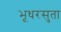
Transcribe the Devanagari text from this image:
भूधरसुता